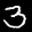
Label: 3